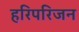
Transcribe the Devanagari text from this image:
हरिपरिजन